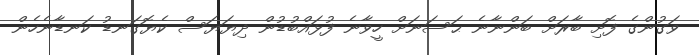
ވަގުންގެ ފޮށި ބާރަށް ބަންނާނެ ޙަސަނަށް ހީވާނެ ފުޅައްބުޑުން ދިޔަޔަސް ކެޔޮގަނޑު ކަނޑާނެހެން